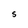
Character: S